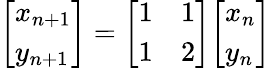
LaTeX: {\left[\begin{array}{l}{x_{n+1}}\\ {y_{n+1}}\end{array}\right]}={\left[\begin{array}{ll}{1}&{1}\\ {1}&{2}\end{array}\right]}{\left[\begin{array}{l}{x_{n}}\\ {y_{n}}\end{array}\right]}